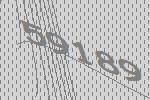
59189